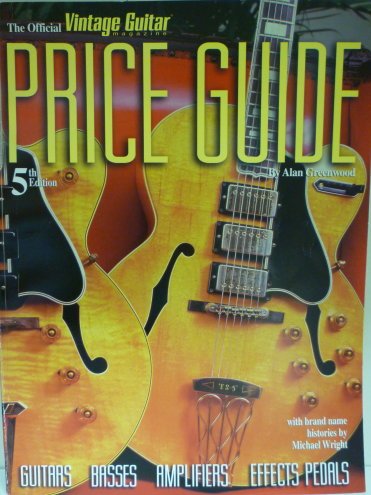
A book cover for The Official Vintage Guitar Instrument Price Guide (Official Vintage Guitar Magazine Price Guide); Alan Greenwood; Crafts, Hobbies & Home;